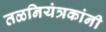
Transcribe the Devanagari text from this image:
तळनियंत्रकांनी